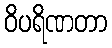
ဝိပရိဏတာ